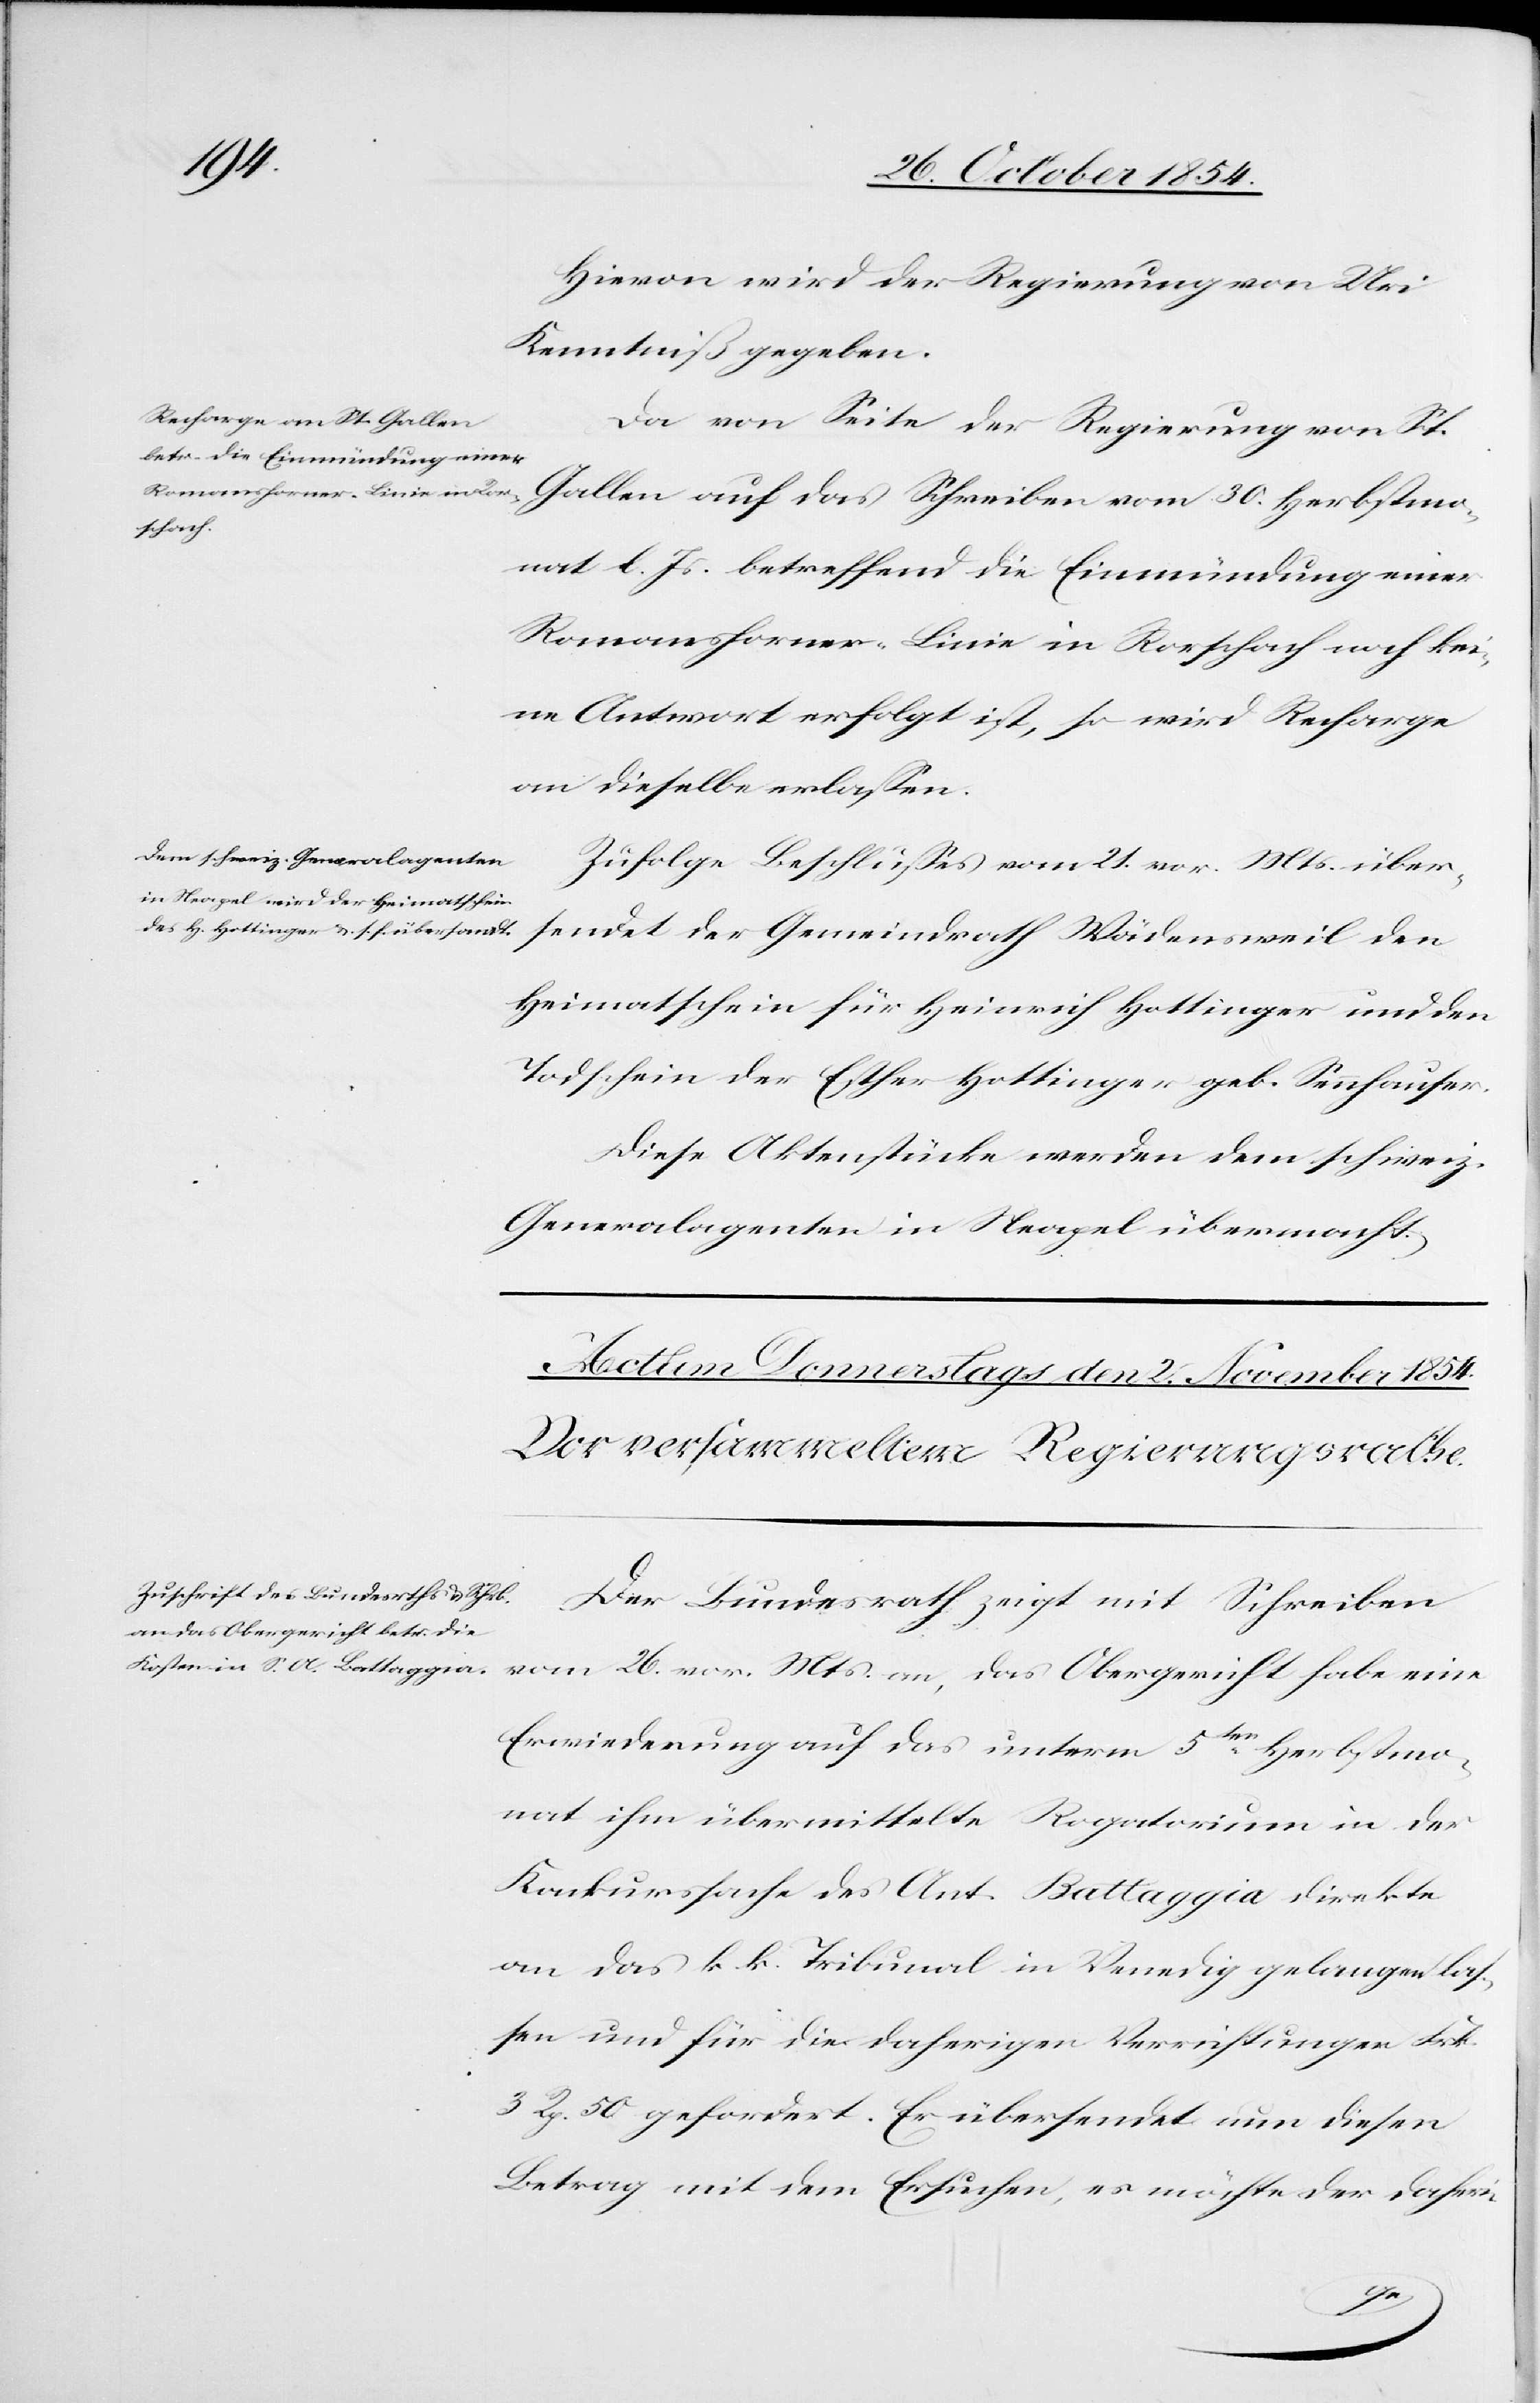
1.

Hievon wird der Regierung von Uri
Kenntniß gegeben.
Da von Seite der Regierung von St.
Gallen auf das Schreiben vom 30. Herbstmo¬
nat l. Js. betreffend die Einmündung einer
Romanshorner-Linie in Rorschach noch kei¬
ne Antwort erfolgt ist, so wird Recharge
an dieselbe erlaßen.
Zufolge Beschlußes vom 21. vor. Mts über¬
sendet der Gemeindrath Wädensweil den
Heimatschein für Heinrich Hottinger und den
Todschein der Esther Hottinger geb. Sennhauser.
Diese Aktenstücke werden dem schweiz.
Generalagenten in Neapel übermacht.
Der Bundesrath zeigt mit Schreiben
vom 26. vor. Mts. an, das Obergericht habe eine
Erwiederung auf das unterm 5ten Herbstmo¬
nat ihm übermittelte Rogatorium in der
Konkurssache des Ant. Battaggia direkte
an das k. k. Tribunal in Venedig gelangen las¬
sen und für die daherigen Verrichtungen Frk.
3 Rp. 50 gefordert. Er übersendet nun diesen
Betrag mit dem Ersuchen, es möchte der daheri-
den